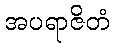
အပရာဇိတံ